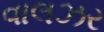
વાલઝર